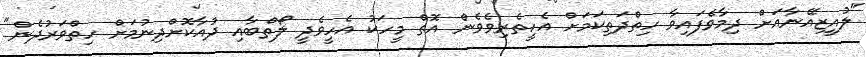
"ލުއީޒިއޭނާއަށް ދިމާވެފައިވާ ހިތްދަތިކަމަށް އެހީތެރިވެވެން އޮތް މީހަކު އެހީވެދީ ލޯތްބާއި ދުއާކޮށްދިނުމަށް ހިތްވަރުދެން"